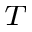
{ _ T }